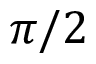
\pi / 2